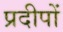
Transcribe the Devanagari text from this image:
प्रदीपों